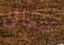
ضغائن